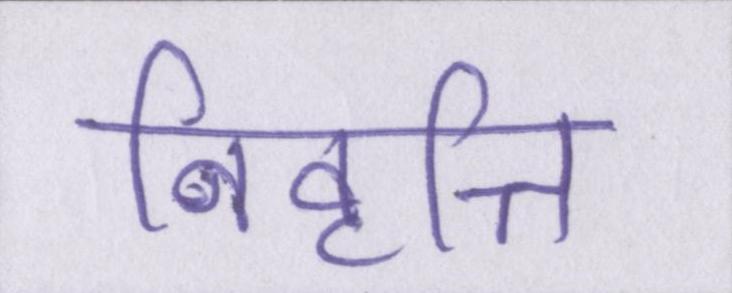
निवृत्ति